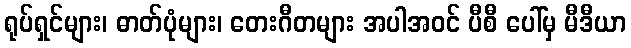
ရုပ်ရှင်များ၊ ဓာတ်ပုံများ၊ တေးဂီတများ အပါအဝင် ပီစီ ပေါ်မှ မီဒီယာ